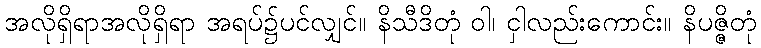
အလိုရှိရာအလိုရှိရာ အရပ်၌ပင်လျှင်။ နိသီဒိတုံ ဝါ၊ ငှါလည်းကောင်း။ နိပဇ္ဇိတုံ